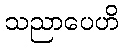
သညာပေဟိ